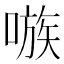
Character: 嗾